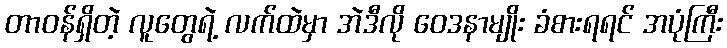
တာဝန်ရှိတဲ့ လူတွေရဲ့ လက်ထဲမှာ အဲဒီလို ဝေဒနာမျိုး ခံစားရရင် အပုံကြီး